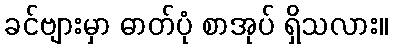
ခင်ဗျားမှာ ဓာတ်ပုံ စာအုပ် ရှိသလား။